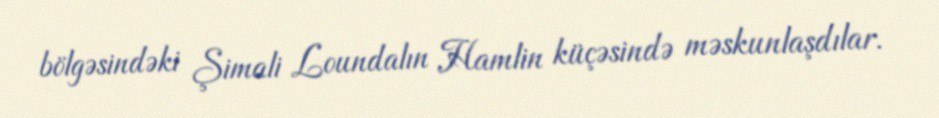
bölgəsindəki Şimali Loundalın Hamlin küçəsində məskunlaşdılar.